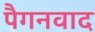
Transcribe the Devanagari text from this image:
पैगनवाद